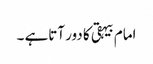
امام بیہقی کا دور آتاہے ۔